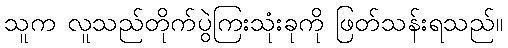
သူက လူသည်တိုက်ပွဲကြးသုံးခုကို ဖြတ်သန်းရသည်။